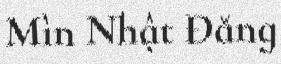
Mìn Nhật Đăng